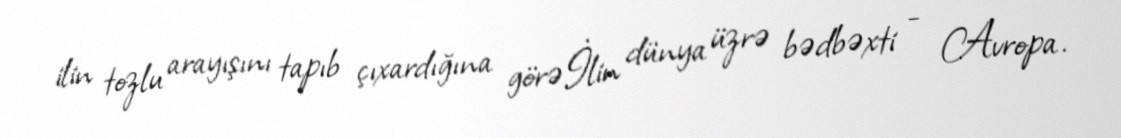
ilin tozlu arayışını tapıb çıxardığına görəİlin dünya üzrə bədbəxti - Avropa.